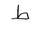
Letter: _da